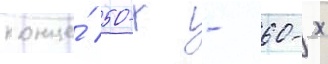
конце́ 50-х - 60-х